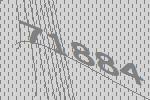
71884